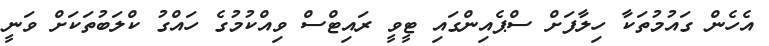
އެހެން ގައުމުތަކާ ހިލާފަށް ސްޕެއިންގައި ޓީވީ ރައިޓްސް ވިއްކުމުގެ ހައްގު ކްލަބުތަކަށް ވަނީ